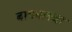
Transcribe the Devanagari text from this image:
बायबलचा